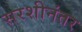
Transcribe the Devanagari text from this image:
सरशीनंतर